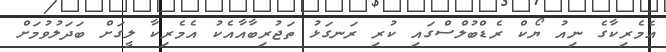
އެމެރިކާގެ ނިއު ޔޯކް ރެޑްބުލްސްގައި ކުރި ރަނގަޅު ތަޖުރިބާއާއެކު އެމެރިކާ ލީގަށް ބަދަލުވުމަށް